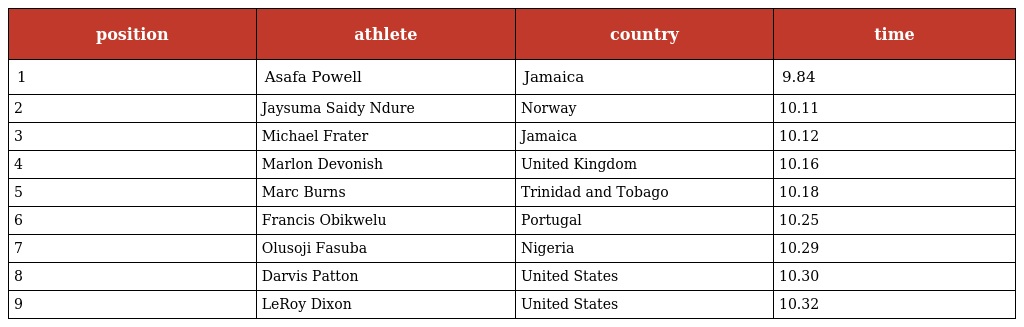
| position | athlete | country | time |
 | --- | --- | --- | --- |
 | 1 | Asafa Powell | Jamaica | 9.84 |
 | 2 | Jaysuma Saidy Ndure | Norway | 10.11 |
 | 3 | Michael Frater | Jamaica | 10.12 |
 | 4 | Marlon Devonish | United Kingdom | 10.16 |
 | 5 | Marc Burns | Trinidad and Tobago | 10.18 |
 | 6 | Francis Obikwelu | Portugal | 10.25 |
 | 7 | Olusoji Fasuba | Nigeria | 10.29 |
 | 8 | Darvis Patton | United States | 10.30 |
 | 9 | LeRoy Dixon | United States | 10.32 |